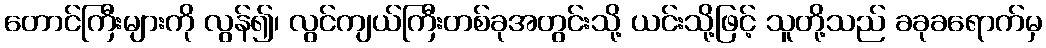
တောင်ကြီးများကို လွန်၍၊ လွင်ကျယ်ကြီးတစ်ခုအတွင်းသို့ ယင်းသို့ဖြင့် သူတို့သည် ခခုခရောက်မှ